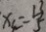
x _ { 4 } = \frac { 1 3 } { 5 }